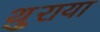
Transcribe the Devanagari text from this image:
थ़ुराया